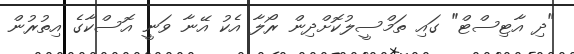
"ދި އާޓިސްޓް" ގައި ތަމްސީލުކޮށްދިން ރޯލާ އެކު އޭނާ ވަނީ އޮސްކާގެ އިތުރުން